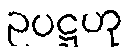
ဥပဋ္ဌဟု